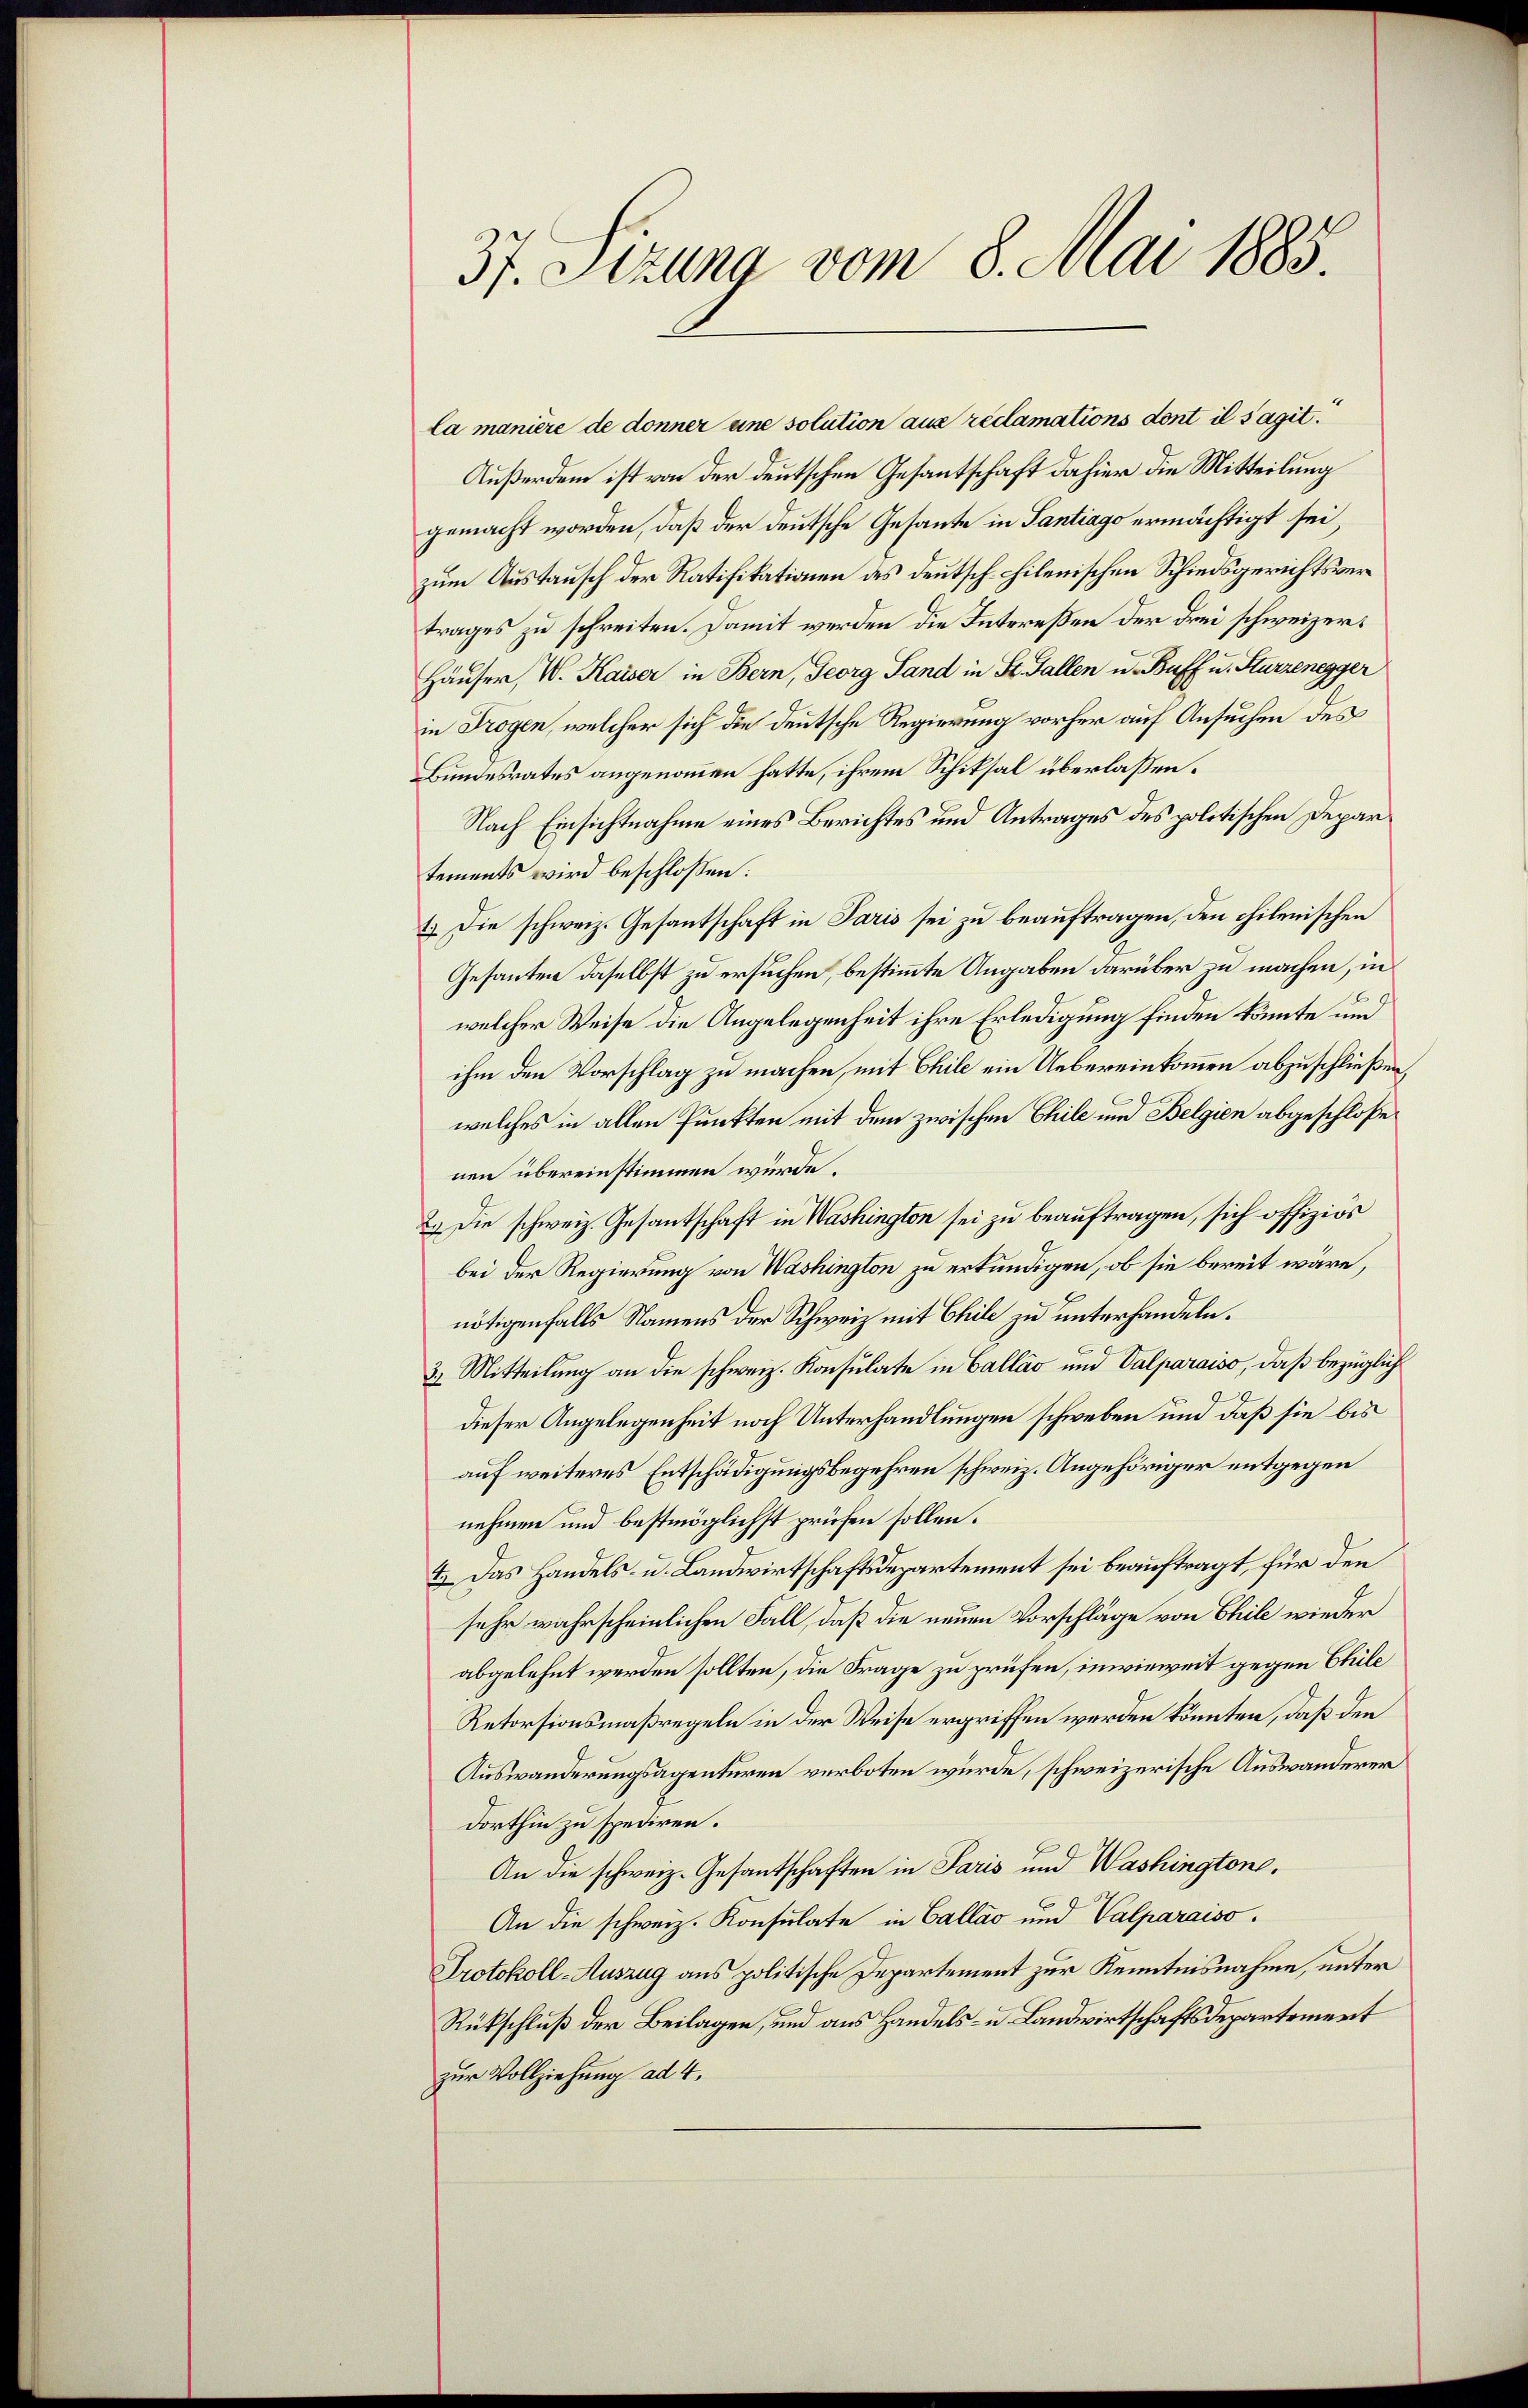
37. Sizung vom 8. Mai 1885.

Ca manière de donner eine solution aus réclamations dont il s’agit.
Außerdem ist von der deutschen Gesantschaft dahier die Mitteilung
gemacht worden, daß der deutsche Gesante in Santiago ermächtigt sei,
zum Austausch der Ratifikationen des Deutsch-chilenischen Schiedsgerichtsvertrages zu schreiten. Damit werden die Intereßen der drei schweizers
Häuser, W. Kaiser in Bern, Georg Land in St. Gallen u. Buff u. Sturzenegger
in Trogen, welcher sich die deutsche Regierung vorher auf Ansuchen des
Bundesrates angenommen hatte, ihrem Schiksal überlassen.
Nach Einsichtnahme eines Berichtes und Antrages des politischen Departements wird beschlossen:
1.) Die schweiz. Gesantschaft in Paris sei zu beauftragen, den chilenischen
Gesanten daselbst zu ersuchen, bestimmte Angaben darüber zu machen, in
welcher Weise die Angelegenheit ihre Erledigung finden könnte und
ihm den Vorschlag zu machen, mit Chile ein Uebereinkommen abzuschließen,
welches in allen Punkten mit dem zwischen Chile und Belgien abgeschloße
nen übereinstimmen würde.
2.) Die schweiz. Gesantschaft in Washington sei zu beauftragen, sich offiziös
bei der Regierung von Washington zu erkundigen, ob sie bereit wäre,
nötigenfalls Namens der Schweiz mit Chile zu unterhandeln.
3.) Mitteilung an die schweiz. Konsulate in Ballas und Valparaiso, daß bezüglich
dieser Angelegenheit noch Unterhandlungen schweben und daß sie bis
auf weiteres Entschädigungsbegehren schweiz. Angehöriger entgegen
nehmen und bestmöglichst prüfen sollen.
4.) Das Handels- u. Landwirtschaftsdepartement sei beauftragt, für den
sehr wahrscheinlichen Fall, daß die neuen Vorschläge von Chile wieder
abgelehnt werden sollten, die Frage zu prüfen, inwieweit gegen Chile
Retorsionsmaßregeln in der Weise ergriffen werden könnten, daß den
Auswanderungsagenturen verboten würde, schweizerische Auswanderer
dorthin zu spediren.
An die schweiz. Gesantschaften in Paris und Washingtone,
An die schweiz. Konsulate in Callas und Valparaiso
Protokoll-Auszug aus politische Departement zur Kenntnisnahme, unter
Rückschluß der Beilagen, und aus Handels- u. Landwirtschaftsdepartement
zur Vollziehung ad 4.